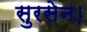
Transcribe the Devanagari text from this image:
सुरसेन।